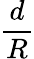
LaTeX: \frac{d}{R}